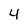
Character: 4